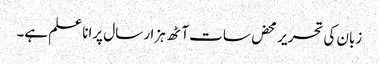
زبان کی تحریر محض سات آٹھ ہزار سال پرانا علم ہے۔